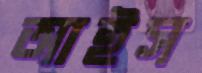
আইস